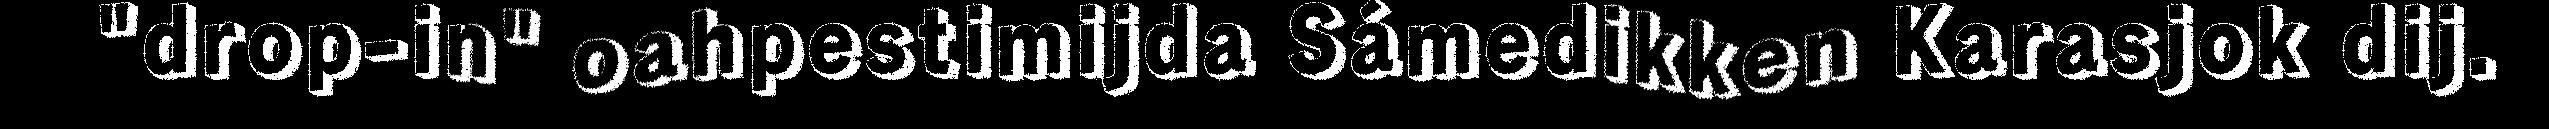
"drop-in" oahpestimijda Sámedikken Karasjok dij.